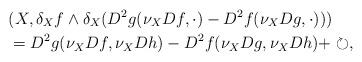
LaTeX: \begin{align*} &(X, \delta_X f \wedge \delta_X (D^2 g(\nu_{X} Df , \cdot) - D^2 f(\nu_{X} Dg , \cdot) )) \\&= D^2 g(\nu_{X} Df , \nu_{X} Dh) - D^2 f(\nu_{X} Dg , \nu_{X} Dh) +\circlearrowright,\end{align*}